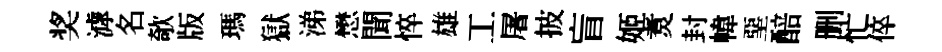
奖滹名欹版瑪獄涕懋聞悴雄工屠披盲姬煑封幃堊醅删忙倅